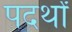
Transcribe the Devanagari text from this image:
पदर्थों